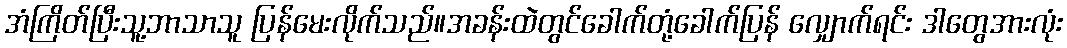
အံကြိတ်ပြီးသူ့ဘာသာသူ ပြန်မေးလိုက်သည်။အခန်းထဲတွင်ခေါက်တုံ့ခေါက်ပြန် လျှောက်ရင်း ဒါတွေအားလုံး